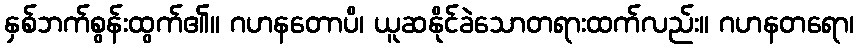
နှစ်ဘက်စွန်းထွက်၏။ ဂဟနတောပိ၊ ယူဆနိုင်ခဲသောတရားထက်လည်း။ ဂဟနတရော၊